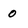
Character: 0